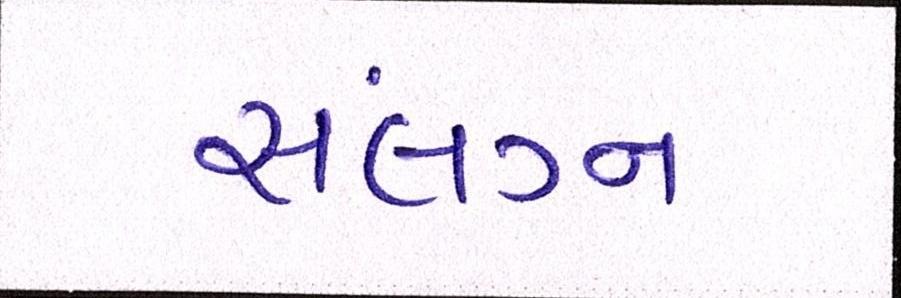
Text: સંલગ્ન